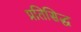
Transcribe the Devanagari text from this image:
प्रतिसिद्ध